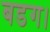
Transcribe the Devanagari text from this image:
बडग।